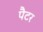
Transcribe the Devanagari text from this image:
पैटर